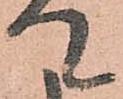
て